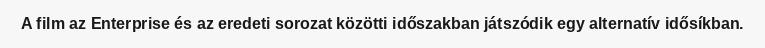
A film az Enterprise és az eredeti sorozat közötti időszakban játszódik egy alternatív idősíkban.